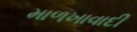
માળખાવાદી